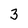
Character: 3